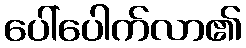
ပေါ်ပေါက်လာ၏